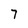
Character: 7